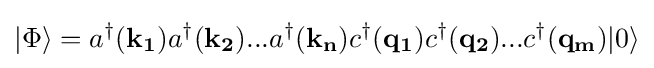
|\Phi \rangle =a^{\dagger }(\mathbf {k_{1}} )a^{\dagger }(\mathbf {k_{2}} )...a^{\dagger }(\mathbf {k_{n}} )c^{\dagger }(\mathbf {q_{1}} )c^{\dagger }(\mathbf {q_{2}} )...c^{\dagger }(\mathbf {q_{m}} )|0\rangle